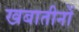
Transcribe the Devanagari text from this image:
खबातीनों